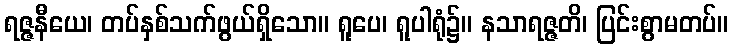
ရဇ္ဇနီယေ၊ တပ်နှစ်သက်ဖွယ်ရှိသော။ ရူပေ၊ ရူပါရုံ၌။ နသာရဇ္ဇတိ၊ ပြင်းစွာမတပ်။